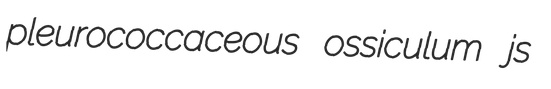
pleurococcaceous ossiculum js